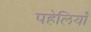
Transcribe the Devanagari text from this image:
पहेलियॉंँ